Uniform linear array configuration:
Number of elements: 48
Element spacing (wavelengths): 1
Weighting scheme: hamming
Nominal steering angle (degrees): -45
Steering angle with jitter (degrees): -43.99
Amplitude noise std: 0.05
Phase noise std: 0.05

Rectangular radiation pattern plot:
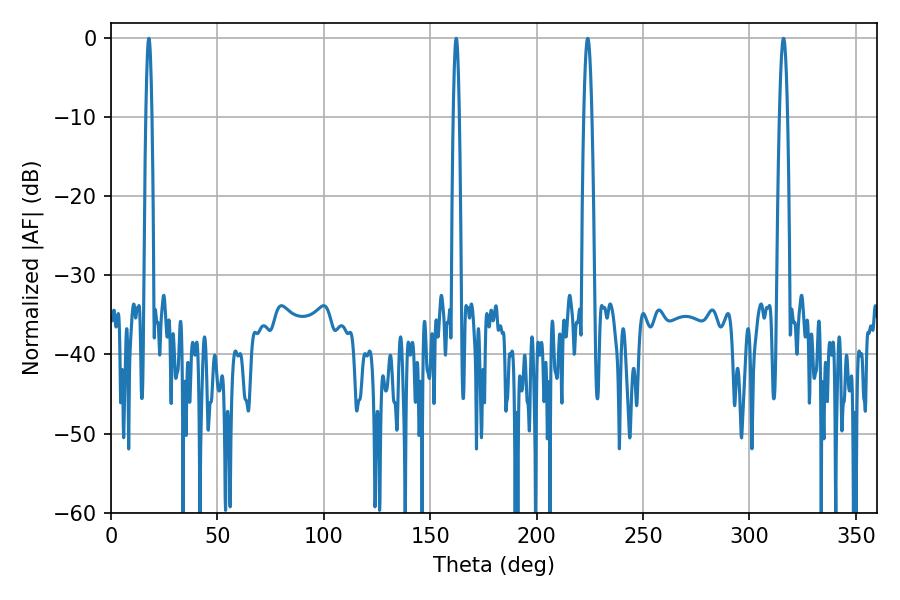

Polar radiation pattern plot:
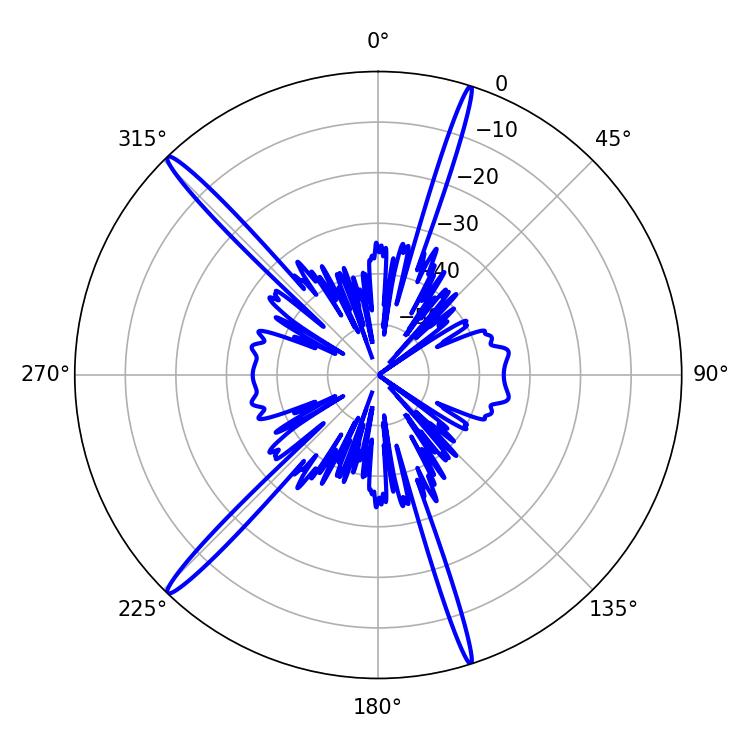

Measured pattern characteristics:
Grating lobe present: TRUE
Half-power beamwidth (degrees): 1.44
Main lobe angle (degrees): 162.18